Epidemic dropsy in Calcutta - Number 45
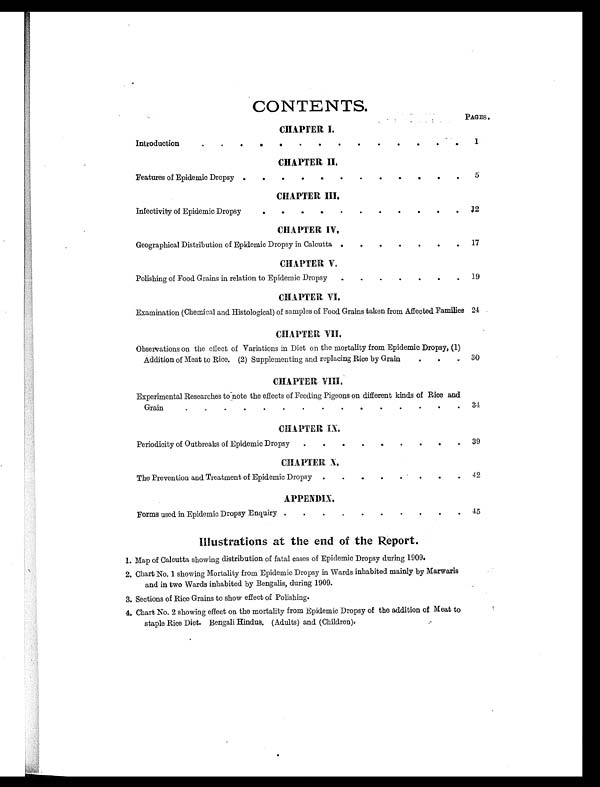
CONTENTS.
PAGES.
CHAPTER I.
Introduction .
. .
.
.
.
.
. .
. .
.
. . 1
C H A P T E R I I .
Features of Epidemic Dropsy .
.
.
.
.
.
.
.
.
.
.
.
5
CHAPTER III.
Infectivity of Epidemic Dropsy
.
. .
.
.
.
.
.
.
.
. 12
CHAPTER IV.
Geographical Distribution of Epidemic Dropsy in Calcutta .
.
.
.
.
. . 17
CHAPTER V.
Polishing of Food Grains in relation to Epidemic Dropsy .
.
.
.
. .
. 19
C H A P T E R V I .
Examination (Chemical and Histological) of samples of Food Grains taken from Affected Families 24
CHAPTER VII.
Observations on the effect of Variations in Diet on the mortality from Epidemic Dropsy, (1)
Addition of Meat to Rice. (2) Supplementing and replacing Rice by Grain
.
.
. 30
CHAPTER VIII.
Experimental Researches to note the effects of Feeding Pigeons on different kinds of Rice and
Grain .
.
. .
.
. .
.
.
.
. .
.
.
. 34
CHAPTER IX.
Periodicity of Outbreaks of Epidemic Dropsy .
.
.
.
.
.
.
.
. 39
CHAPTER X.
The Prevention and Treatment of Epidemic Dropsy .
.
.
.
.
.
.
. 42
APPENDIX.
Forms used in Epidemic Dropsy Enquiry .
.
.
.
.
.
.
.
.
. 45
Illustrations at the end of the Report.
1. Map of Calcutta showing distribution of fatal cases of Epidemic Dropsy during 1909.
2. Chart No. 1 showing Mortality from Epidemic Dropsy in Wards inhabited mainly by Marwaris
and in two Wards inhabited by Bengalis, during 1909.
3. Sections of Rice Grains to show effect of Polishing.
4. Chart No. 2 showing effect on the mortality from Epidemic Dropsy of the addition of Meat to
staple Rice Diet. Bengali Hindus. (Adults) and (Children).